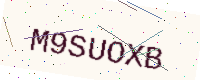
Text: M9SUOXB